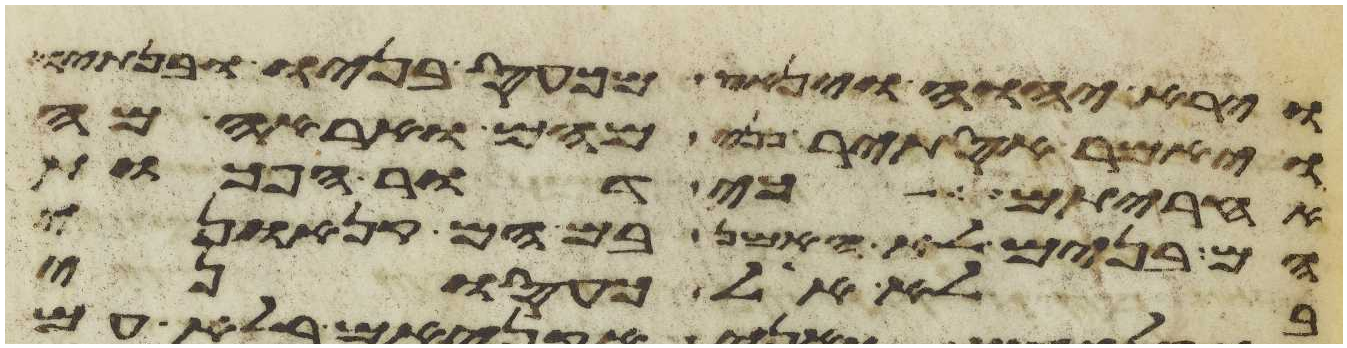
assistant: וירא יהוה וינאץ מכעס בניו ובנתיו
ויאמר אסתיר פני מהם ואראה מה
אחריתם כי דור הפכות
הם בנים לא האמן בם הם קנאוני
בלא אל כעסוני